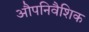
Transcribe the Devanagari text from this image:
औपनिवैशिक